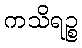
ကသိရဉ္စ